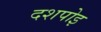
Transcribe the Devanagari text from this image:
दशपोइ